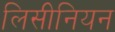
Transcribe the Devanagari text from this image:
लिसीनियन